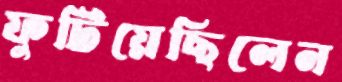
ফুটিয়েছিলেন